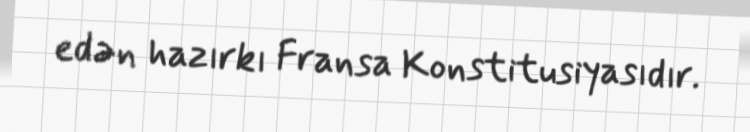
edən hazırkı Fransa Konstitusiyasıdır.